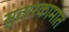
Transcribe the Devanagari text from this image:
सुतारकामात